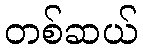
တစ်ဆယ်